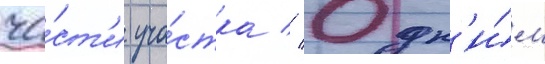
ча́ст'и уча́стка // Одн'и́м